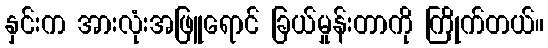
နှင်းက အားလုံးအဖြူရောင် ခြယ်မှုန်းတာကို ကြိုက်တယ်။